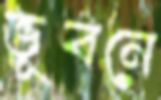
ভূবনে